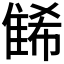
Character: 𨿛